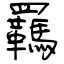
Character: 羈